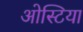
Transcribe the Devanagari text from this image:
ओस्टिया